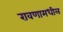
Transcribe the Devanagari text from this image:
रावणामधील